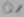
Text: Q1